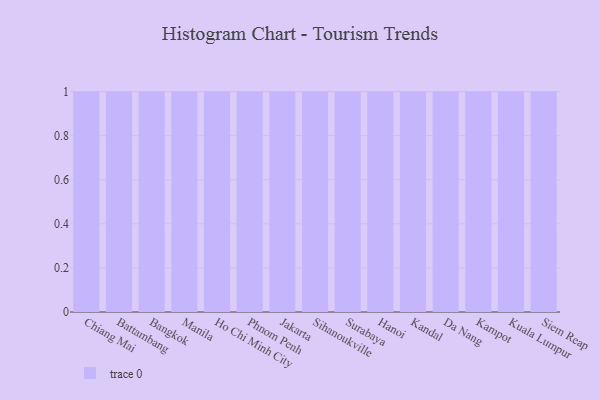
{"axis": {"x": "City", "y": "Temperature (°C)"}, "legend": [""], "data": [{"x": "Chiang Mai", "y": 43, "type": ""}, {"x": "Battambang", "y": 31, "type": ""}, {"x": "Bangkok", "y": 77, "type": ""}, {"x": "Manila", "y": 63, "type": ""}, {"x": "Ho Chi Minh City", "y": 20, "type": ""}, {"x": "Phnom Penh", "y": 68, "type": ""}, {"x": "Jakarta", "y": 41, "type": ""}, {"x": "Sihanoukville", "y": 92, "type": ""}, {"x": "Surabaya", "y": 84, "type": ""}, {"x": "Hanoi", "y": 5, "type": ""}, {"x": "Kandal", "y": 63, "type": ""}, {"x": "Da Nang", "y": 38, "type": ""}, {"x": "Kampot", "y": 9, "type": ""}, {"x": "Kuala Lumpur", "y": 36, "type": ""}, {"x": "Siem Reap", "y": 83, "type": ""}]}